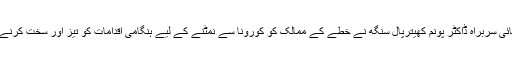
برطانوی نشریاتی ادارے بی بی سی کے مطابق عالمی ادارہ صحت کی جنوب مشرقی ایشیا کی علاقائی سربراہ ڈاکٹر پونم کھیترپال سنگھ نے خطے کے ممالک کو کورونا سے نمٹنے کے لیے ہنگامی اقدامات کو تیز اور سخت کرنے کا مطالبہ کرتے ہوئے کہا کہ اس وقت خطے کے ممالک بڑھتے کورونا کیسز کا سامنا رہے ہیں۔